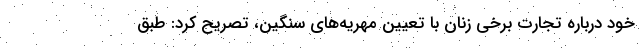
خود درباره تجارت برخی زنان با تعیین مهریه‌های سنگین، تصریح کرد: طبق